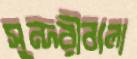
সুন্দরীবালা